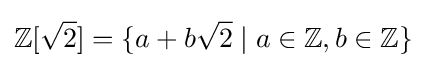
\mathbb {Z} [{\sqrt {2}}]=\{a+b{\sqrt {2}}\mid a\in \mathbb {Z} ,b\in \mathbb {Z} \}